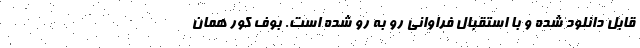
قابل دانلود شده و با استقبال فراوانی رو به رو شده است. بوف کور همان